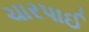
ચારપાઈ